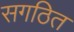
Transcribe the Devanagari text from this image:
सगठित